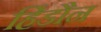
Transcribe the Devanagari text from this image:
हिंडौन